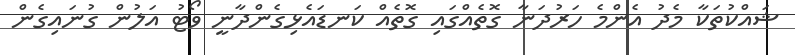
ޝައްކުތަކާ މެދު އެންމެ ހަރުދަނާ ގޮތެއްގައި ގޮތެއް ކަނޑައެޅިގެންދާނީ ވޯޓު އަލުން ގުނައިގެން